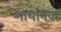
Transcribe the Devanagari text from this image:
भायानक